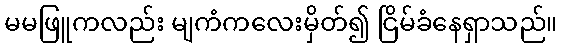
မမဖြူကလည်း မျကံကလေးမှိတ်၍ ငြိမ်ခံနေရှာသည်။